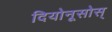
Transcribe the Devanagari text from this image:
दियोनूसोस्